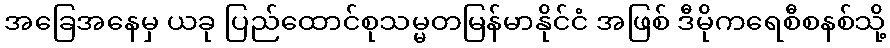
အခြေအနေမှ ယခု ပြည်ထောင်စုသမ္မတမြန်မာနိုင်ငံ အဖြစ် ဒီမိုကရေစီစနစ်သို့